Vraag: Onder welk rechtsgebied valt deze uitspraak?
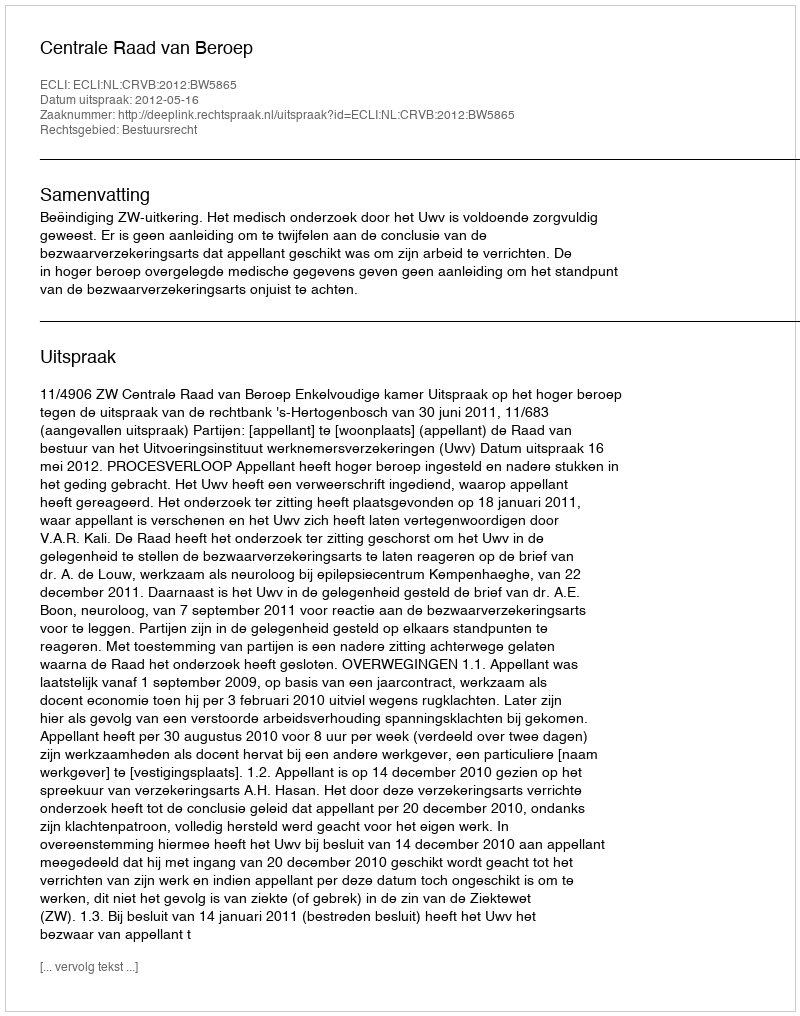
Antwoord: Bestuursrecht